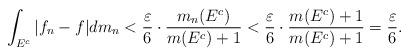
LaTeX: \begin{align*}\int_{E^c}|f_n-f|dm_n< \frac{ \varepsilon }{6} \cdot \frac{m_n(E^c )}{m(E^c)+1}< \frac{ \varepsilon }{6} \cdot \frac{ m(E^c)+1}{m(E^c)+1} =\frac{ \varepsilon }{6}.\end{align*}